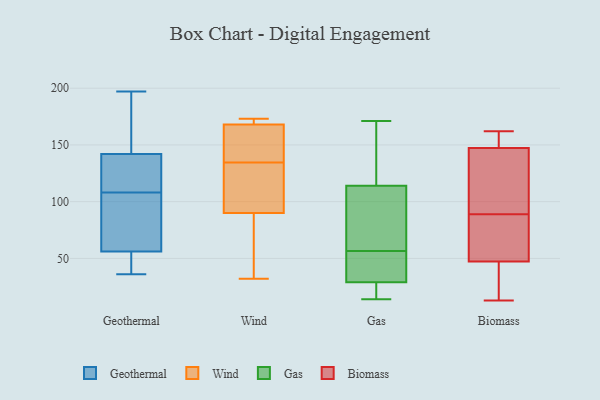
{"axis": {"x": "Production Output", "y": "Value"}, "legend": ["Biomass", "Gas", "Geothermal", "Wind"], "data": [{"x": "", "y": 197, "type": "Geothermal"}, {"x": "", "y": 131, "type": "Geothermal"}, {"x": "", "y": 73, "type": "Geothermal"}, {"x": "", "y": 99, "type": "Geothermal"}, {"x": "", "y": 36, "type": "Geothermal"}, {"x": "", "y": 54, "type": "Geothermal"}, {"x": "", "y": 117, "type": "Geothermal"}, {"x": "", "y": 56, "type": "Geothermal"}, {"x": "", "y": 161, "type": "Geothermal"}, {"x": "", "y": 142, "type": "Geothermal"}, {"x": "", "y": 32, "type": "Wind"}, {"x": "", "y": 159, "type": "Wind"}, {"x": "", "y": 36, "type": "Wind"}, {"x": "", "y": 171, "type": "Wind"}, {"x": "", "y": 90, "type": "Wind"}, {"x": "", "y": 141, "type": "Wind"}, {"x": "", "y": 168, "type": "Wind"}, {"x": "", "y": 173, "type": "Wind"}, {"x": "", "y": 102, "type": "Wind"}, {"x": "", "y": 128, "type": "Wind"}, {"x": "", "y": 171, "type": "Gas"}, {"x": "", "y": 35, "type": "Gas"}, {"x": "", "y": 15, "type": "Gas"}, {"x": "", "y": 114, "type": "Gas"}, {"x": "", "y": 19, "type": "Gas"}, {"x": "", "y": 42, "type": "Gas"}, {"x": "", "y": 29, "type": "Gas"}, {"x": "", "y": 139, "type": "Gas"}, {"x": "", "y": 137, "type": "Gas"}, {"x": "", "y": 80, "type": "Gas"}, {"x": "", "y": 51, "type": "Gas"}, {"x": "", "y": 62, "type": "Gas"}, {"x": "", "y": 111, "type": "Gas"}, {"x": "", "y": 14, "type": "Gas"}, {"x": "", "y": 43, "type": "Biomass"}, {"x": "", "y": 13, "type": "Biomass"}, {"x": "", "y": 133, "type": "Biomass"}, {"x": "", "y": 157, "type": "Biomass"}, {"x": "", "y": 162, "type": "Biomass"}, {"x": "", "y": 152, "type": "Biomass"}, {"x": "", "y": 80, "type": "Biomass"}, {"x": "", "y": 89, "type": "Biomass"}, {"x": "", "y": 35, "type": "Biomass"}, {"x": "", "y": 60, "type": "Biomass"}, {"x": "", "y": 95, "type": "Biomass"}]}